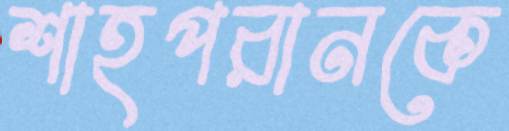
শাহপরানকে